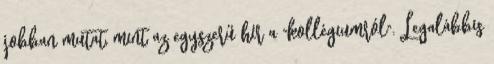
jobban mutat, mint az egyszerű hír a "kollégiumról". Legalábbis